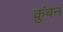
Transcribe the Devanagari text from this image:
कुंबन